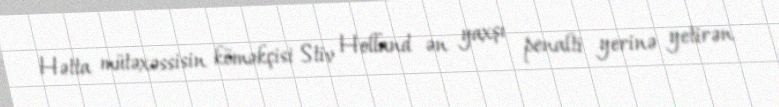
Hətta mütəxəssisin köməkçisi Stiv Holland ən yaxşı penalti yerinə yetirən